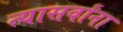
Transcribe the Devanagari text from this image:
त्यासर्वांना